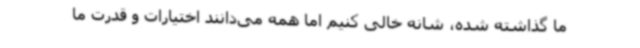
ما گذاشته شده، شانه خالی کنیم اما همه می‌دانند اختیارات و قدرت ما